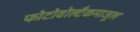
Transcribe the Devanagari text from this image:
फोटोवोल्टैकमाजूल